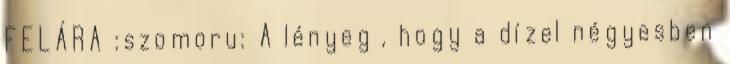
FELÁRA :szomoru: A lényeg , hogy a dízel négyesben